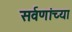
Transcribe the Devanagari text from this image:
सर्वणांच्या